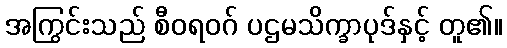
အကြွင်းသည် စီဝရဝဂ် ပဌမသိက္ခာပုဒ်နှင့် တူ၏။